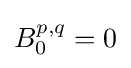
B_{0}^{p,q}=0